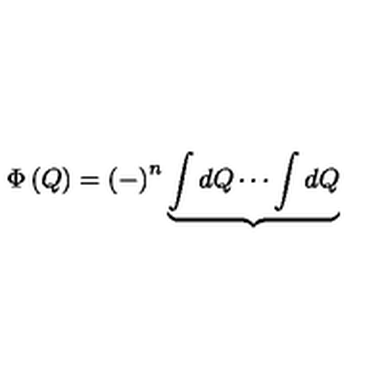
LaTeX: \Phi \left( Q \right) = \left( - \right) ^ { n } \underbrace { \int d Q \cdots \int d Q }